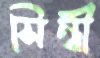
সিন্ধী